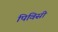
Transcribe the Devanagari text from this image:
पिविसी